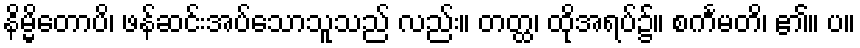
နိမ္မိတောပိ၊ ဖန်ဆင်းအပ်သောသူသည် လည်း။ တတ္ထ၊ ထိုအရပ်၌။ စင်္ကမတိ၊ ၏။ ပ။